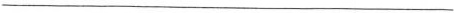
___